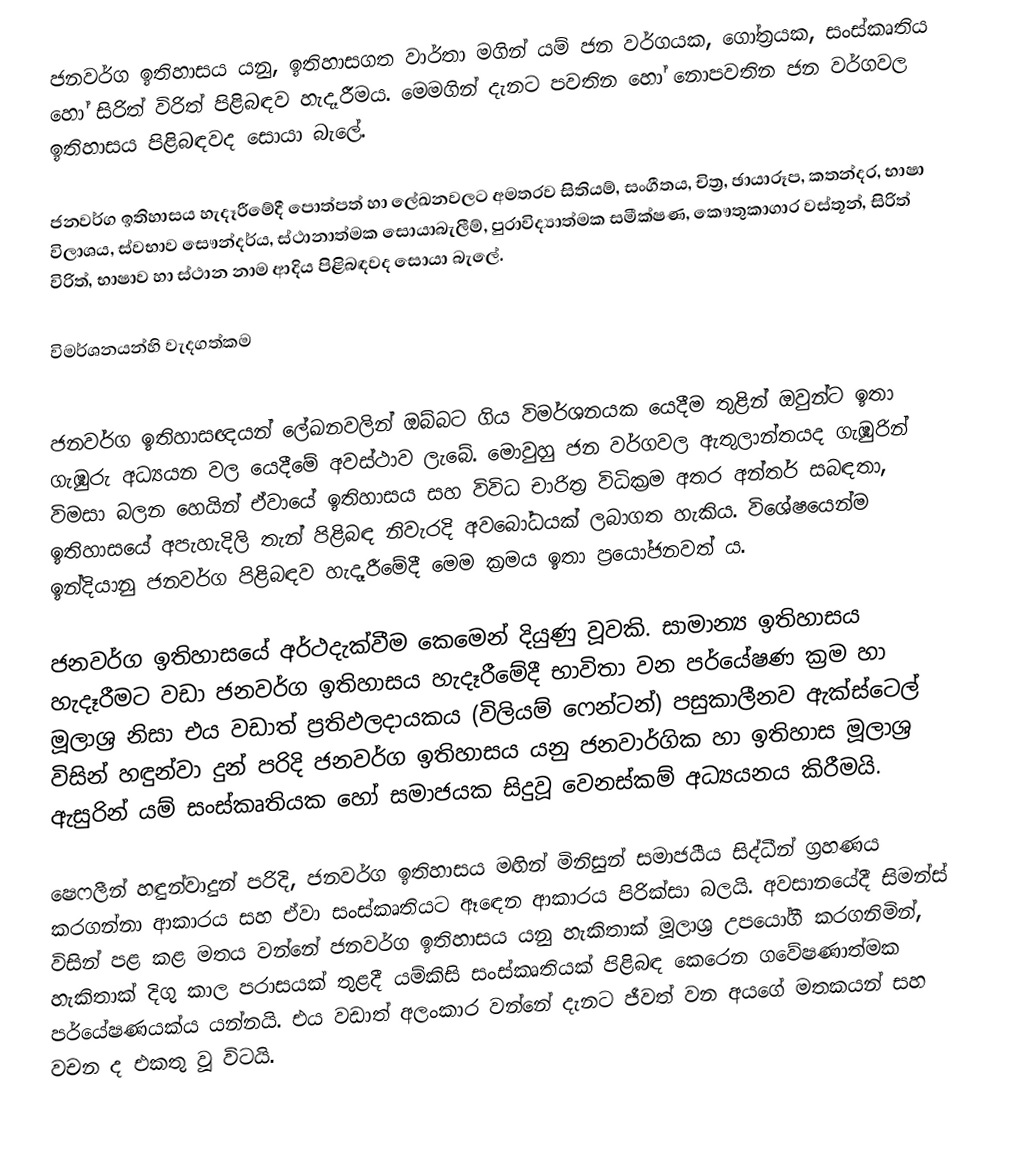
ජනවර්ග ඉතිහාසය යනු, ඉතිහාසගත වාර්තා මගින් යම් ජන වර්ගයක, ගෝත්‍රයක, සංස්කෘතිය හෝ සිරිත් විරිත් පිළිබඳව හැදෑරීමය.  මෙමගින් දැනට පවතින හෝ නොපවතින ජන වර්ගවල ඉතිහාසය පිළිබඳවද සොයා බැලේ.

ජනවර්ග ඉතිහාසය හැදෑරීමේදී පොත්පත් හා ලේඛනවලට අමතරව සිතියම්, සංගීතය, චිත්‍ර, ඡායාරූප, කතන්දර, භාෂා විලාශය, ස්වභාව සෞන්දර්ය, ස්ථානාත්මක සොයාබැලීම්, පුරාවිද්‍යාත්මක සමීක්ෂණ, කෞතුකාගාර වස්තූන්, සිරිත් විරිත්, භාෂාව හා ස්ථාන නාම ආදිය පිළිබඳවද සොයා බැලේ.

විමර්ශනයන්හි වැදගත්කම

ජනවර්ග ඉතිහාසඥයන් ලේඛනවලින් ඔබ්බට ගිය විමර්ශනයක යෙදීම තුළින් ඔවුන්ට ඉතා ගැඹුරු අධ්‍යයන වල යෙදීමේ අවස්ථාව ලැබේ.  මොවුහු ජන වර්ගවල ඇතුලාන්තයද ගැඹුරින් විමසා බලන හෙයින් ඒවායේ ඉතිහාසය සහ විවිධ චාරිත්‍ර විධික්‍රම අතර අන්තර් සබඳතා, ඉතිහාසයේ අපැහැදිලි තැන් පිළිබඳ නිවැරදි අවබෝධයක් ලබාගත හැකිය. විශේෂයෙන්ම ඉන්දියානු ජනවර්ග පිළිබඳව හැදෑරීමේදී මෙම ක්‍රමය ඉතා ප්‍රයෝජනවත් ය.

ජනවර්ග ඉතිහාසයේ අර්ථදැක්වීම කෙමෙන් දියුණු වූවකි. සාමාන්‍ය ඉතිහාසය හැදෑරීමට වඩා ජනවර්ග ඉතිහාසය හැදෑරීමේදී භාවිතා වන පර්යේෂණ ක්‍රම හා මූලාශ්‍ර නිසා එය වඩාත් ප්‍රතිඵලදායකය (විලියම් ෆෙන්ටන්) පසුකාලීනව ඇක්ස්ටෙල් විසින් හඳුන්වා දුන් පරිදි ජනවර්ග ඉතිහාසය යනු ජනවාර්ගික හා ඉතිහාස මූලාශ්‍ර ඇසුරින් යම් සංස්කෘතියක හෝ සමාජයක සිදුවූ වෙනස්කම් අධ්‍යයනය කිරීමයි.

ෂෙෆලීන් හඳුන්වාදුන් පරිදි, ජනවර්ග ඉතිහාසය මඟින් මිනිසුන්  සමාජයීය සිද්ධීන් ග්‍රහණය කරගන්නා ආකාරය සහ ඒවා සංස්කෘතියට ඈඳෙන ආකාරය පිරික්සා බලයි.  අවසානයේදී සිමන්ස් විසින් පළ කළ මතය වන්නේ ජනවර්ග ඉතිහාසය යනු හැකිතාක් මූලාශ්‍ර උපයෝගී කරගනිමින්, හැකිතාක් දිගු කාල පරාසයක් තුළදී යම්කිසි සංස්කෘතියක් පිළිබඳ කෙරෙන ගවේෂණාත්මක පර්යේෂණයක්ය යන්නයි. එය වඩාත් අලංකාර වන්නේ දැනට ජීවත් වන අයගේ මතකයන් සහ වචන ද එකතු වූ විටයි.